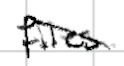
Text: file.
Cross-out: mix
Writing tool: digital_black